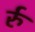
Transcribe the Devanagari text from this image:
र्रु